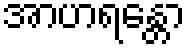
အာဟရန္တော